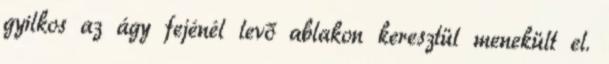
gyilkos az ágy fejénél levő ablakon keresztül menekült el.